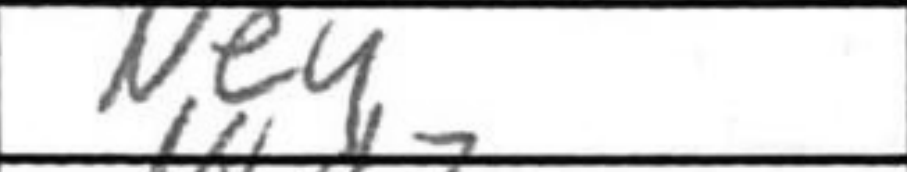
Transcription: Ne4